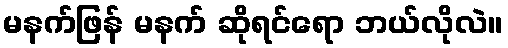
မနက်ဖြန် မနက် ဆိုရင်ရော ဘယ်လိုလဲ။